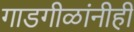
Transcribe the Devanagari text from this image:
गाडगीळांनीही